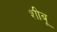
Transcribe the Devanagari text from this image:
शीबू